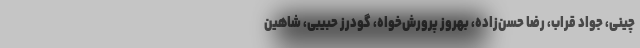
چینی، جواد قراب، رضا حسن‌زاده، بهروز پرورش‌خواه، گودرز حبیبی، شاهین